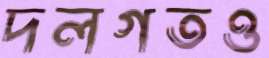
দলগতও